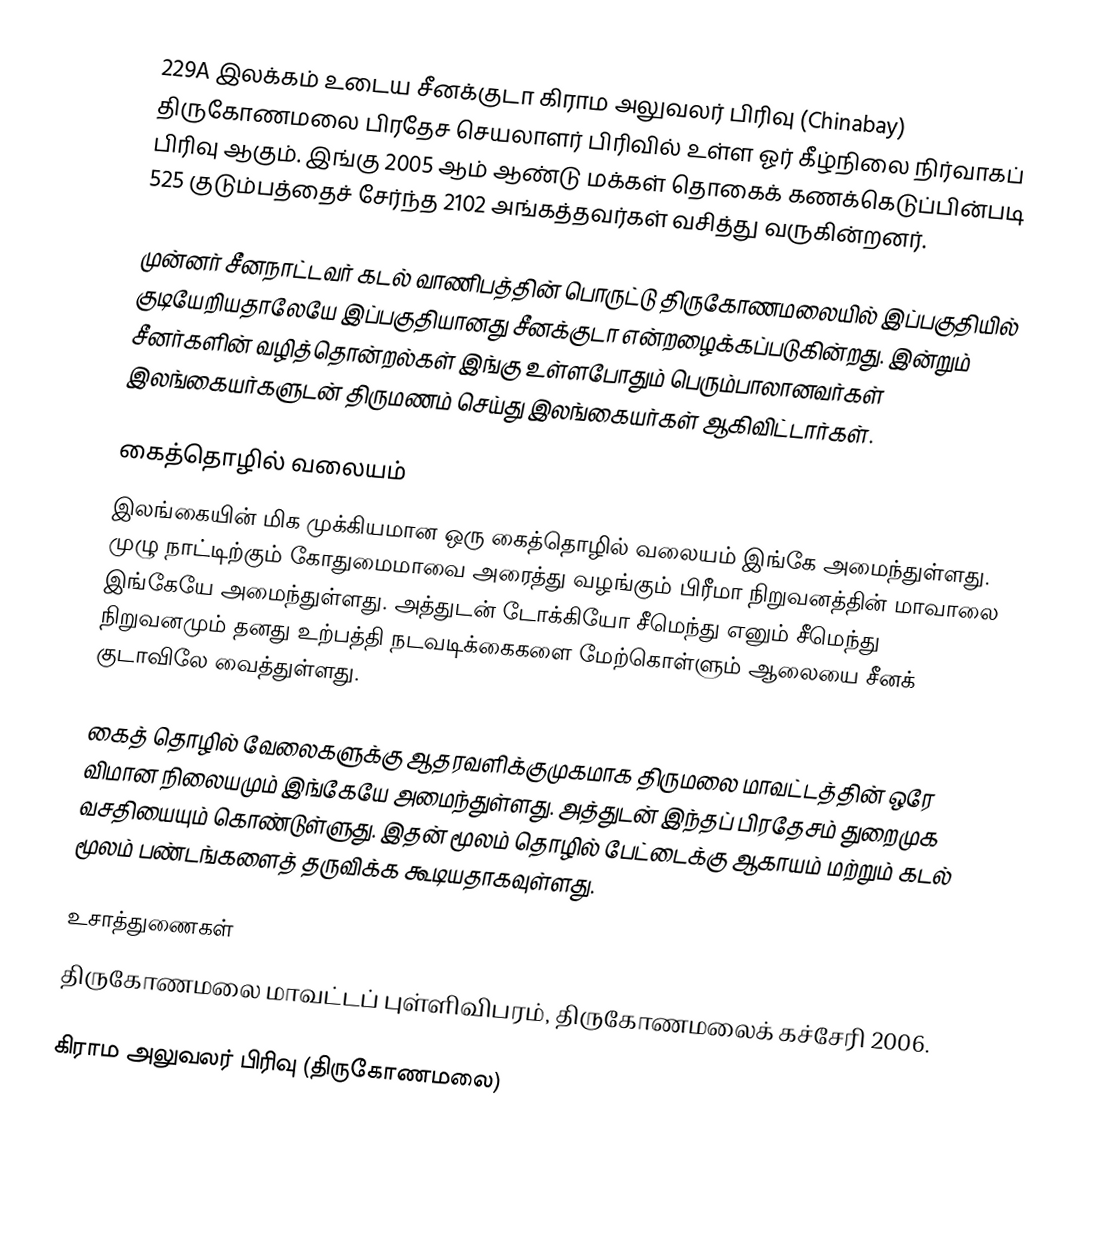
229A இலக்கம்  உடைய சீனக்குடா கிராம அலுவலர் பிரிவு  (Chinabay) திருகோணமலை பிரதேச செயலாளர் பிரிவில் உள்ள ஓர் கீழ்நிலை நிர்வாகப் பிரிவு ஆகும். இங்கு 2005 ஆம் ஆண்டு மக்கள் தொகைக் கணக்கெடுப்பின்படி 525 குடும்பத்தைச் சேர்ந்த 2102 அங்கத்தவர்கள் வசித்து வருகின்றனர்.

முன்னர் சீனநாட்டவர் கடல் வாணிபத்தின் பொருட்டு திருகோணமலையில் இப்பகுதியில் குடியேறியதாலேயே இப்பகுதியானது சீனக்குடா என்றழைக்கப்படுகின்றது. இன்றும் சீனர்களின் வழித்தொன்றல்கள் இங்கு உள்ளபோதும் பெரும்பாலானவர்கள் இலங்கையர்களுடன் திருமணம் செய்து இலங்கையர்கள் ஆகிவிட்டார்கள்.

கைத்தொழில் வலையம்
இலங்கையின் மிக முக்கியமான ஒரு கைத்தொழில் வலையம் இங்கே அமைந்துள்ளது. முழு நாட்டிற்கும் கோதுமைமாவை அரைத்து வழங்கும் பிரீமா நிறுவனத்தின் மாவாலை இங்கேயே அமைந்துள்ளது. அத்துடன் டோக்கியோ சீமெந்து எனும் சீமெந்து நிறுவனமும் தனது உற்பத்தி நடவடிக்கைகளை மேற்கொள்ளும் ஆலையை சீனக் குடாவிலே வைத்துள்ளது.

கைத் தொழில் வேலைகளுக்கு ஆதரவளிக்குமுகமாக திருமலை மாவட்டத்தின் ஒரே விமான நிலையமும் இங்கேயே அமைந்துள்ளது. அத்துடன் இந்தப் பிரதேசம் துறைமுக வசதியையும் கொண்டுள்ளுது. இதன் மூலம் தொழில் பேட்டைக்கு ஆகாயம் மற்றும் கடல் மூலம் பண்டங்களைத் தருவிக்க கூடியதாகவுள்ளது.

உசாத்துணைகள்
திருகோணமலை மாவட்டப் புள்ளிவிபரம், திருகோணமலைக் கச்சேரி 2006.

கிராம அலுவலர் பிரிவு (திருகோணமலை)